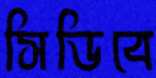
সিডিবে